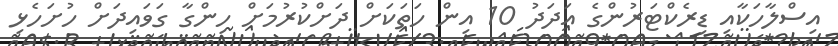
އިސްލާހަކާއި ޑިރެކްޓަރުންގެ އަދަދު 10 އިން ހަތަކަށް ދަށްކުރުމަށް ހިންގާ ގަވައިދަށް ހުށަހެޅި